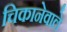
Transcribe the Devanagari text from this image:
चिकानेवाले